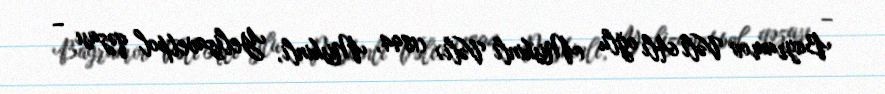
Bayramov Vəli Alı oğlu (Miskinli Vəli) (1894, Miskinli, Yelizavetpol qəzası –